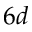
6 d